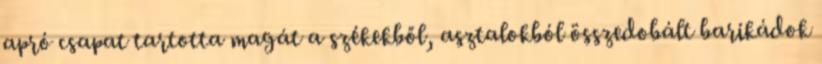
apró csapat tartotta magát a székekből, asztalokból összedobált barikádok